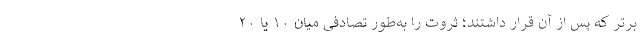
برتر که پس از آن قرار داشتند؛ ثروت را به‌طور تصادفی میان ۱۰ یا ۲۰